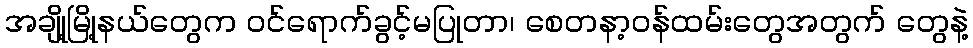
အချို့မြို့နယ်တွေက ဝင်ရောက်ခွင့်မပြုတာ၊ စေတနာ့ဝန်ထမ်းတွေအတွက် တွေနဲ့